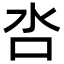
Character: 呇